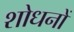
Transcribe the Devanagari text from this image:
शोधनों